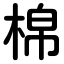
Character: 棉